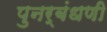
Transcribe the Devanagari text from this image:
पुनर्बंधणी